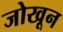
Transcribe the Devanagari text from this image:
जोखून